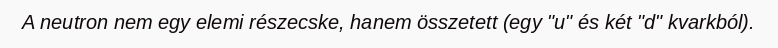
A neutron nem egy elemi részecske, hanem összetett (egy "u" és két "d" kvarkból).